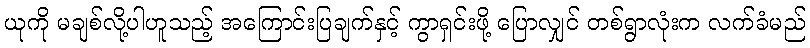
ယုကို မချစ်လို့ပါဟူသည့် အကြောင်းပြချက်နှင့် ကွာရှင်းဖို့ ပြောလျှင် တစ်ရွာလုံးက လက်ခံမည်